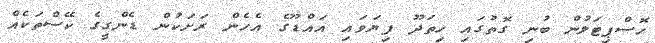
ހޮސްޕިޓަލުން ބުނި ގޮތުގައި ހިތަދޫ ފިޔަވައި އައްޑޫގެ އެހެން ރަށަކުން ޑެންގީގެ ކޭސްތަކެއް